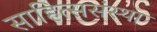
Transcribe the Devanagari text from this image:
साहित्ससंस्था